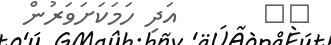
٧٨       އަދި ހަމަކަށަވަރުން